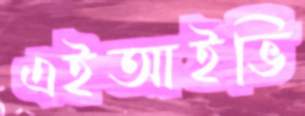
এইআইভি